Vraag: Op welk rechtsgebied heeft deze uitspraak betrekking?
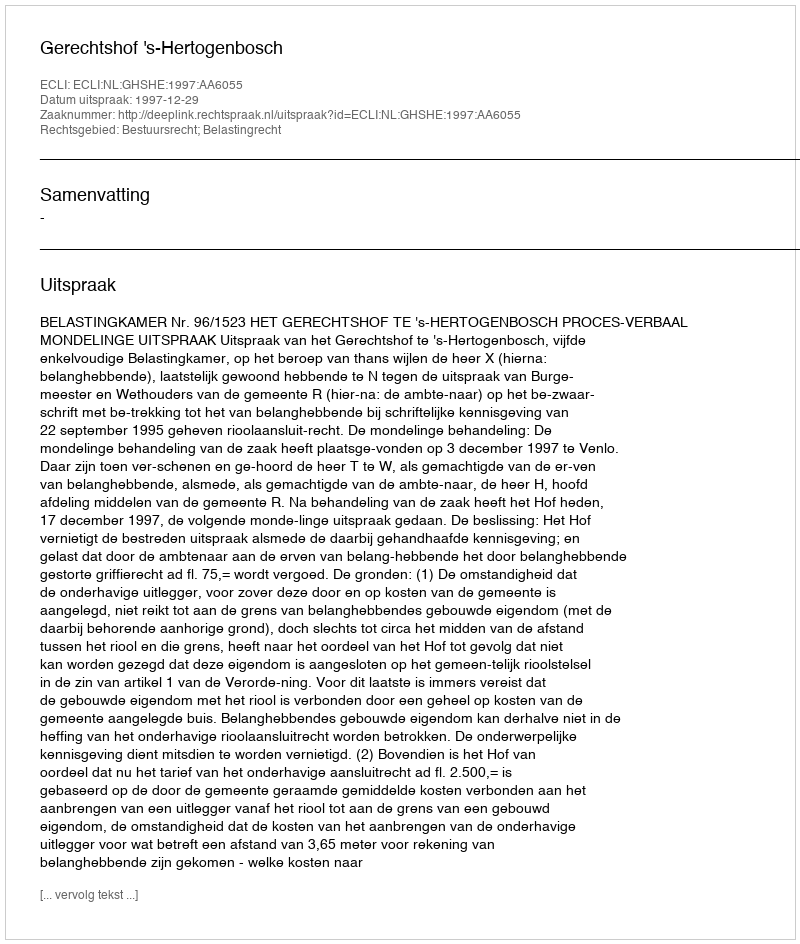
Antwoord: Bestuursrecht; Belastingrecht